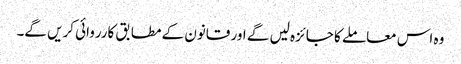
وہ اس معاملے کا جائزہ لیں گے اور قانون کے مطابق کارروائی کریں گے۔